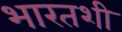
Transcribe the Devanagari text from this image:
भारतशी